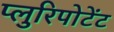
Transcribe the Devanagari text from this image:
प्लुरिपोटेंट